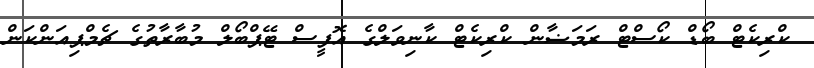
ކްރިކެޓް ބޯޑް ކޯސްޓް ރަމަޟާން ކްރިކެޓް ކާނިވަލްގެ އޮފީސް ޓޭޕްބޯލް މުބާރާތުގެ ޗެމްޕިއަންކަން